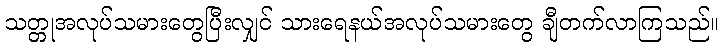
သတ္တုအလုပ်သမားတွေပြီးလျှင် သားရေနယ်အလုပ်သမားတွေ ချီတက်လာကြသည်။